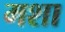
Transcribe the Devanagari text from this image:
मशा